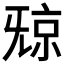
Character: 𣄴